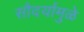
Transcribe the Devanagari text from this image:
सौदर्यामुळे